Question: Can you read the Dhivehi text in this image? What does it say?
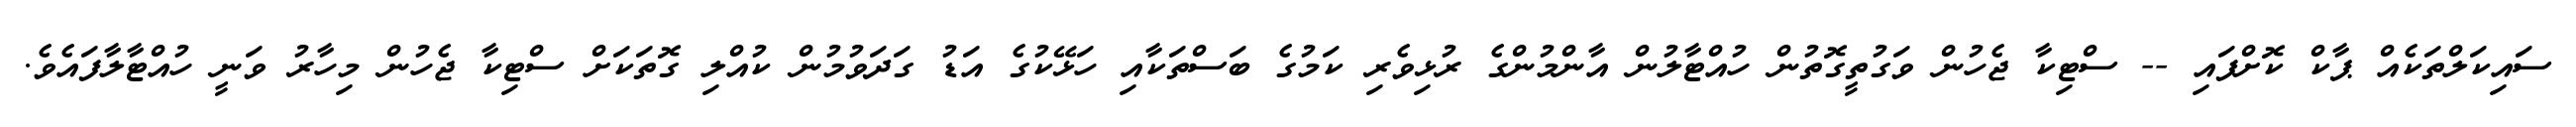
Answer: ސައިކަލްތަކެއް ޕާކް ކޮށްފައި -- ސްޓިކާ ޖެހުން ވަގުތީގޮތުން ހުއްޓާލުން އާންމުންގެ ރުޅިވެރި ކަމުގެ ބަސްތަކާއި ހަޅޭކުގެ އަޑު ގަދަވުމުން ކުއްލި ގޮތަކަށް ސްޓިކާ ޖެހުން މިހާރު ވަނީ ހުއްޓާލާފައެވެ.